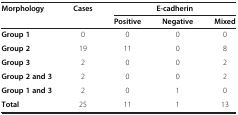
| Morphology | Cases | <COLSPAN=3> E-cadherin |
 |  |  | Positive | Negative | Mixed |
 | --- | --- | --- | --- | --- |
 | Group 1 | 0 | 0 | 0 | 0 |
 | Group 2 | 19 | 11 | 0 | 8 |
 | Group 3 | 2 | 0 | 0 | 2 |
 | Group 2 and 3 | 2 | 0 | 0 | 2 |
 | Group 1 and 3 | 2 | 0 | 1 | 0 |
 | Total | 25 | 11 | 1 | 13 |